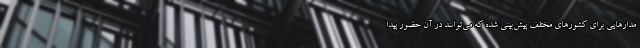
مدارهایی برای کشورهای مختلف پیش‌بینی شده که می‌توانند در آن حضور پیدا